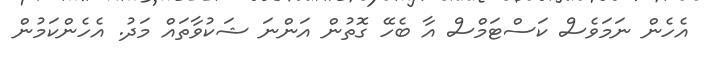
އެހެން ނަމަވެސް ކަސްޓަމްސް އާ ބެހޭ ގޮތުން އަންނަ ޝަކުވާތައް މަދު. އެހެންކަމުން